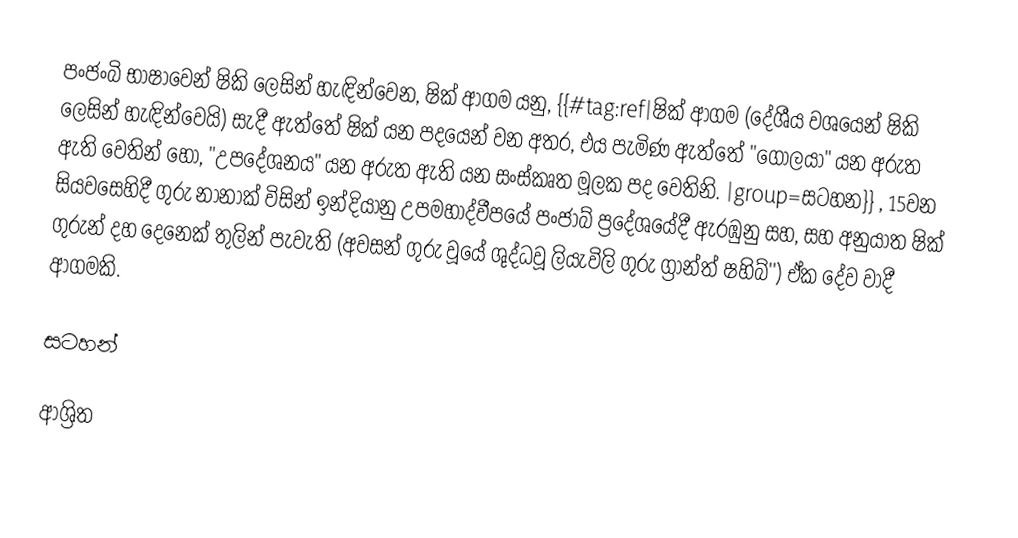
පංජංබි භාෂාවෙන් ෂිකි ලෙසින් හැඳින්වෙන, ෂික් ආගම යනු, {{#tag:ref|ෂික් ආගම (දේශීය වශයෙන් ෂිකි ලෙසින් හැඳින්වෙයි) සැදී ඇත්තේ ෂික් යන පදයෙන් වන අතර, එය පැමිණ ඇත්තේ "ගෝලයා" යන අරුත ඇති  වෙතින් හෝ,  "උපදේශනය" යන අරුත ඇති  යන සංස්කෘත මූලක පද වෙතිනි.  |group=සටහන}}  , 15වන සියවසෙහිදී ගුරු නානාක් විසින් ඉන්දියානු උපමහාද්වීපයේ  පංජාබ් ප්‍රදේශයේදී ඇරඹුනු සහ,  සහ අනුයාත  ෂික් ගුරුන් දහ දෙනෙක් තුලින් පැවැති (අවසන් ගුරු වූයේ ශුද්ධවූ ලියැවිලි ගුරු ග්‍රාන්ත් ෂහිබ්'')  ඒක දේව වාදී ආගමකි.

සටහන්

ආශ්‍රිත